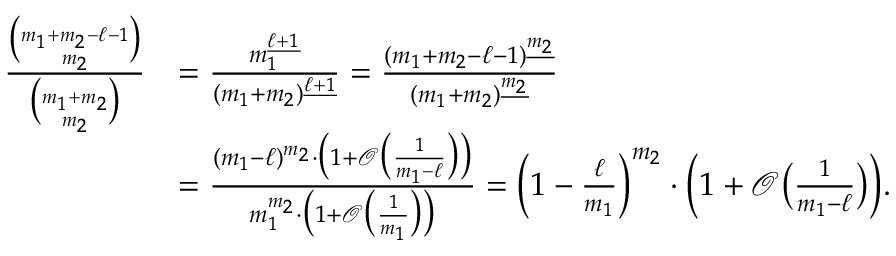
\begin{array} { r l } { \frac { \binom { m _ { 1 } + m _ { 2 } - \ell - 1 } { m _ { 2 } } } { \binom { m _ { 1 } + m _ { 2 } } { m _ { 2 } } } } & { = \frac { m _ { 1 } ^ { \underline { { \ell + 1 } } } } { ( m _ { 1 } + m _ { 2 } ) ^ { \underline { { \ell + 1 } } } } = \frac { ( m _ { 1 } + m _ { 2 } - \ell - 1 ) ^ { \underline { { m _ { 2 } } } } } { ( m _ { 1 } + m _ { 2 } ) ^ { \underline { { m _ { 2 } } } } } } \\ & { = \frac { ( m _ { 1 } - \ell ) ^ { m _ { 2 } } \cdot \big ( 1 + \mathcal { O } \big ( \frac { 1 } { m _ { 1 } - \ell } \big ) \big ) } { m _ { 1 } ^ { m _ { 2 } } \cdot \big ( 1 + \mathcal { O } \big ( \frac { 1 } { m _ { 1 } } \big ) \big ) } = \Big ( 1 - \frac { \ell } { m _ { 1 } } \Big ) ^ { m _ { 2 } } \cdot \Big ( 1 + \mathcal { O } \big ( \textstyle { \frac { 1 } { m _ { 1 } - \ell } } \big ) \Big ) . } \end{array}